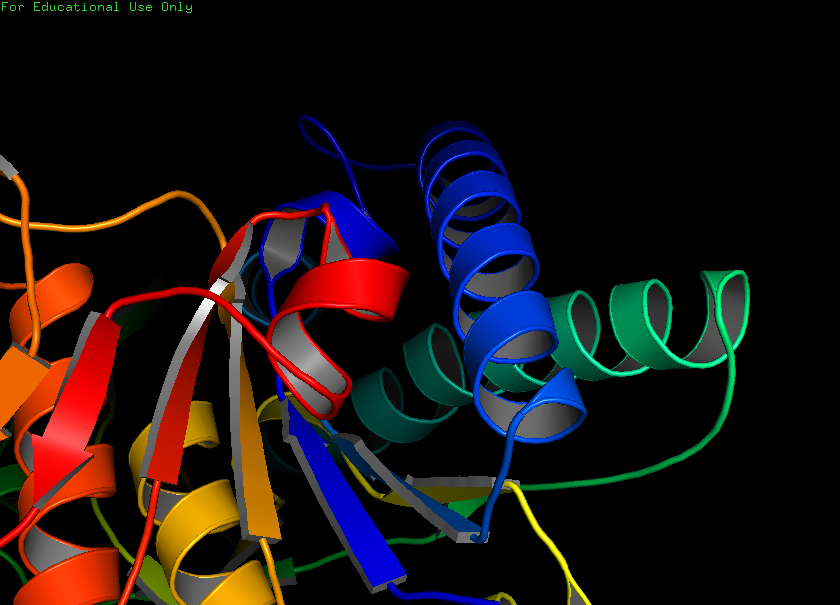
pymol, preset, publication